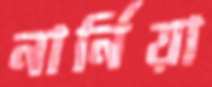
নার্নিয়া